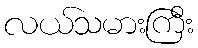
လယ်သမားကြီး